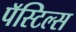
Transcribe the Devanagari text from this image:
पॅस्टिल्स